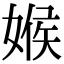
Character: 𡟑